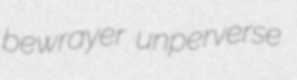
bewrayer unperverse